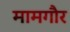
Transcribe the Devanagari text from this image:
मामगौर